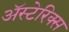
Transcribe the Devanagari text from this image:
अॅस्टेरिक्स